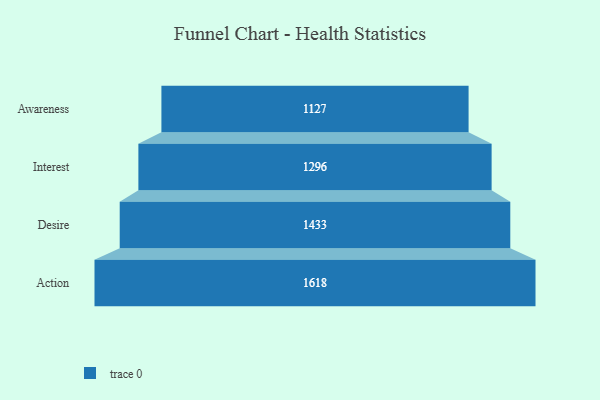
{"axis": {"x": "Stage", "y": "Value"}, "legend": [""], "data": [{"x": "Awareness", "y": 1127.0, "type": ""}, {"x": "Interest", "y": 1296.0, "type": ""}, {"x": "Desire", "y": 1433.0, "type": ""}, {"x": "Action", "y": 1618.0, "type": ""}]}